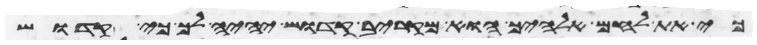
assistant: כי את לחם אלהיך הוא מקריב קדוש יהיה לך כי קדוש